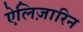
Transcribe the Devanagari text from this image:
ऐलिज़ारिन